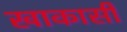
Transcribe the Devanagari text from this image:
खाकासी